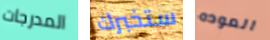
المدرجات ستخبرك العوده